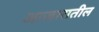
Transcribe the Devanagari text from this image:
आजारातील